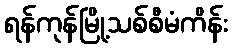
ရန်ကုန်မြို့သစ်စီမံကိန်း